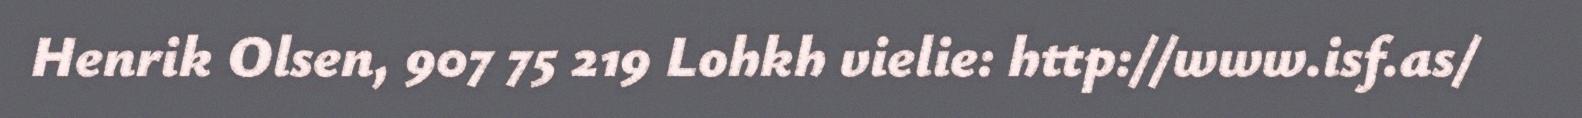
Henrik Olsen, 907 75 219 Lohkh vielie: http://www.isf.as/